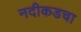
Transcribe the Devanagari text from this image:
नदीकडचा